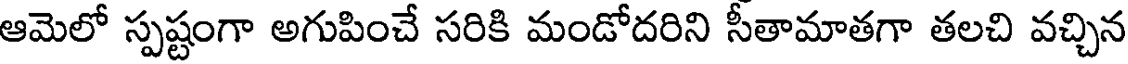
ఆమెలో స్పష్టంగా అగుపించే సరికి మండోదరిని సీతామాతగా తలచి వచ్చిన